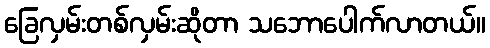
ခြေလှမ်းတစ်လှမ်းဆိုတာ သဘောပေါက်လာတယ်။